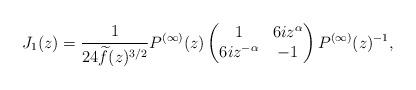
LaTeX: \begin{align*}J_1(z)=\frac{1}{24\widetilde f(z)^{3/2}}P^{(\infty)}(z)\begin{pmatrix}1&6i z^\alpha\\6iz^{-\alpha}&-1\end{pmatrix} P^{(\infty)}(z)^{-1},\end{align*}